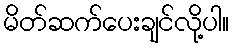
မိတ်ဆက်ပေးချင်လို့ပါ။